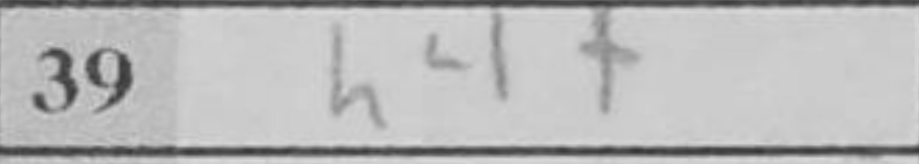
Transcription: h4+